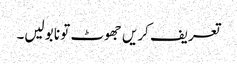
تعریف کریں جھوٹ تو نا بولیں۔